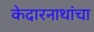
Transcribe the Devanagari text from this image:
केदारनाथांचा